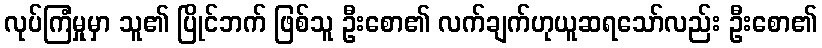
လုပ်ကြံမှုမှာ သူ၏ ပြိုင်ဘက် ဖြစ်သူ ဦးစော၏ လက်ချက်ဟုယူဆရသော်လည်း ဦးစော၏